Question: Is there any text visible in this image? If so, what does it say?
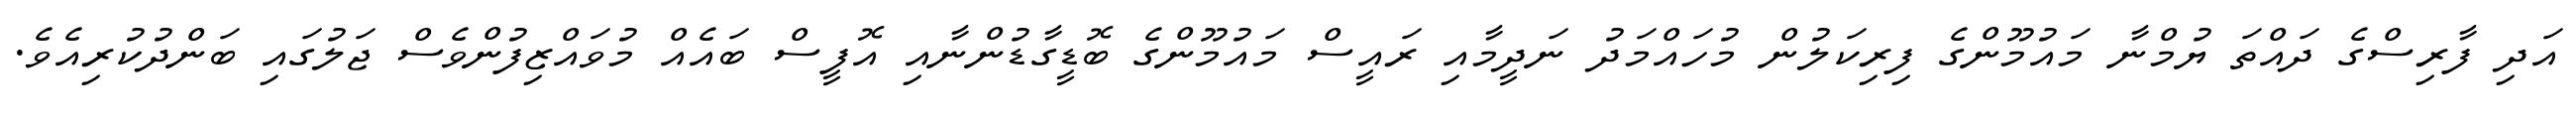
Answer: އަދި ފާރިސްގެ ދައްތަ ޔުމްނާ މައުމޫންގެ ފިރިކަލުން މުހައްމަދު ނަދީމާއި ރައީސް މައުމޫންގެ ބޮޑީގާޑުންނާއި އޮފީސް ބައެއް މުވައްޒިފުންވެސް ޖަލުގައި ބަންދުކުރިއެވެ.